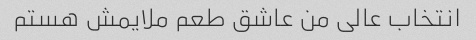
انتخاب عالی من عاشق طعم ملایمش هستم